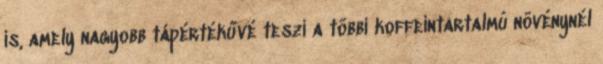
is, amely nagyobb tápértékűvé teszi a többi koffeintartalmú növénynél